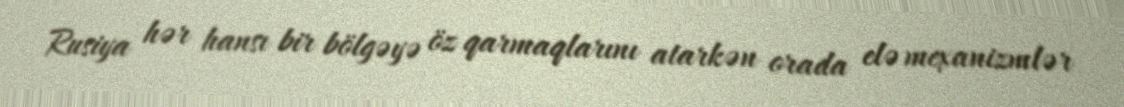
Rusiya hər hansı bir bölgəyə öz qarmaqlarını atarkən orada elə mexanizmlər